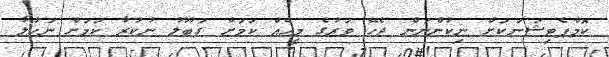
ކޮމްޕެޓިޝަނަކަށް ނިކުންނަން ޖެހޭ ވަރުގެ މީހެއް ކަމަށް ގަބޫލު ނުކުރާ ކަމަށް ނަހުލާ